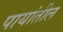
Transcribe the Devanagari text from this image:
पायांतील